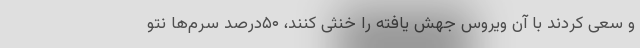
و سعی کردند با آن ویروس جهش یافته را خنثی کنند، ۵۰درصد سرم‌ها نتو